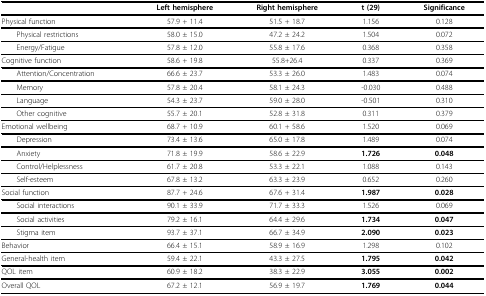
<table><thead><tr><td></td><td><b>Left hemisphere</b></td><td><b>Right hemisphere</b></td><td><b>t (29)</b></td><td><b>Significance</b></td></tr></thead><tbody><tr><td>Physical function</td><td>57.9 + 11.4</td><td>51.5 + 18.7</td><td>1.156</td><td>0.128</td></tr><tr><td> Physical restrictions</td><td>58.0 ± 15.0</td><td>47.2 ± 24.2</td><td>1.504</td><td>0.072</td></tr><tr><td> Energy/Fatigue</td><td>57.8 ± 12.0</td><td>55.8 ± 17.6</td><td>0.368</td><td>0.358</td></tr><tr><td>Cognitive function</td><td>58.6 + 19.8</td><td>55.8+26.4</td><td>0.337</td><td>0.369</td></tr><tr><td> Attention/Concentration</td><td>66.6 ± 23.7</td><td>53.3 ± 26.0</td><td>1.483</td><td>0.074</td></tr><tr><td> Memory</td><td>57.8 ± 20.4</td><td>58.1 ± 24.3</td><td>-0.030</td><td>0.488</td></tr><tr><td> Language</td><td>54.3 ± 23.7</td><td>59.0 ± 28.0</td><td>-0.501</td><td>0.310</td></tr><tr><td> Other cognitive</td><td>55.7 ± 20.1</td><td>52.8 ± 31.8</td><td>0.311</td><td>0.379</td></tr><tr><td>Emotional wellbeing</td><td>68.7 + 10.9</td><td>60.1 + 58.6</td><td>1.520</td><td>0.069</td></tr><tr><td> Depression</td><td>73.4 ± 13.6</td><td>65.0 ± 17.8</td><td>1.489</td><td>0.074</td></tr><tr><td> Anxiety</td><td>71.8 ± 19.9</td><td>58.6 ± 22.9</td><td><b>1.726</b></td><td><b>0.048</b></td></tr><tr><td> Control/Helplessness</td><td>61.7 ± 20.8</td><td>53.3 ± 22.1</td><td>1.088</td><td>0.143</td></tr><tr><td> Self-esteem</td><td>67.8 ± 13.2</td><td>63.3 ± 23.9</td><td>0.652</td><td>0.260</td></tr><tr><td>Social function</td><td>87.7 + 24.6</td><td>67.6 + 31.4</td><td><b>1.987</b></td><td><b>0.028</b></td></tr><tr><td> Social interactions</td><td>90.1 ± 33.9</td><td>71.7 ± 33.3</td><td>1.526</td><td>0.069</td></tr><tr><td> Social activities</td><td>79.2 ± 16.1</td><td>64.4 ± 29.6</td><td><b>1.734</b></td><td><b>0.047</b></td></tr><tr><td> Stigma item</td><td>93.7 ± 37.1</td><td>66.7 ± 34.9</td><td><b>2.090</b></td><td><b>0.023</b></td></tr><tr><td>Behavior</td><td>66.4 ± 15.1</td><td>58.9 ± 16.9</td><td>1.298</td><td>0.102</td></tr><tr><td>General-health item</td><td>59.4 ± 22.1</td><td>43.3 ± 27.5</td><td><b>1.795</b></td><td><b>0.042</b></td></tr><tr><td>QOL item</td><td>60.9 ± 18.2</td><td>38.3 ± 22.9</td><td><b>3.055</b></td><td><b>0.002</b></td></tr><tr><td>Overall QOL</td><td>67.2 ± 12.1</td><td>56.9 ± 19.7</td><td><b>1.769</b></td><td><b>0.044</b></td></tr></tbody></table>